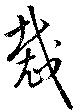
裁